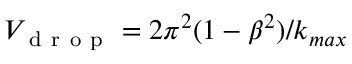
V _ { \mathrm { ~ d ~ r ~ o ~ p ~ } } = 2 \pi ^ { 2 } ( 1 - \beta ^ { 2 } ) / k _ { m a x }